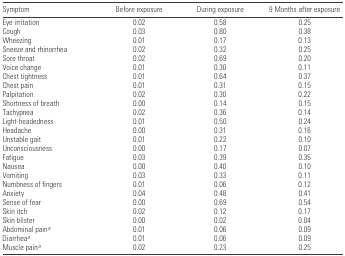
<table><thead><tr><td><b>Symptom</b></td><td><b>Before exposure</b></td><td><b>During exposure</b></td><td><b>9 Months after exposure</b></td></tr></thead><tbody><tr><td>Eye irritation</td><td>0.02</td><td>0.58</td><td>0.25</td></tr><tr><td>Cough</td><td>0.03</td><td>0.80</td><td>0.38</td></tr><tr><td>Wheezing</td><td>0.01</td><td>0.17</td><td>0.13</td></tr><tr><td>Sneeze and rhinorrhea</td><td>0.02</td><td>0.32</td><td>0.25</td></tr><tr><td>Sore throat</td><td>0.02</td><td>0.69</td><td>0.20</td></tr><tr><td>Voice change</td><td>0.01</td><td>0.30</td><td>0.11</td></tr><tr><td>Chest tightness</td><td>0.01</td><td>0.64</td><td>0.37</td></tr><tr><td>Chest pain</td><td>0.01</td><td>0.31</td><td>0.15</td></tr><tr><td>Palpitation</td><td>0.02</td><td>0.30</td><td>0.22</td></tr><tr><td>Shortness of breath</td><td>0.00</td><td>0.14</td><td>0.15</td></tr><tr><td>Tachypnea</td><td>0.02</td><td>0.36</td><td>0.14</td></tr><tr><td>Light-headedness</td><td>0.01</td><td>0.50</td><td>0.24</td></tr><tr><td>Headache</td><td>0.00</td><td>0.31</td><td>0.16</td></tr><tr><td>Unstable gait</td><td>0.01</td><td>0.22</td><td>0.10</td></tr><tr><td>Unconsciousness</td><td>0.00</td><td>0.17</td><td>0.07</td></tr><tr><td>Fatigue</td><td>0.03</td><td>0.39</td><td>0.35</td></tr><tr><td>Nausea</td><td>0.00</td><td>0.40</td><td>0.10</td></tr><tr><td>Vomiting</td><td>0.03</td><td>0.33</td><td>0.11</td></tr><tr><td>Numbness of fingers</td><td>0.01</td><td>0.06</td><td>0.12</td></tr><tr><td>Anxiety</td><td>0.04</td><td>0.48</td><td>0.41</td></tr><tr><td>Sense of fear</td><td>0.00</td><td>0.69</td><td>0.54</td></tr><tr><td>Skin itch</td><td>0.02</td><td>0.12</td><td>0.17</td></tr><tr><td>Skin blister</td><td>0.00</td><td>0.02</td><td>0.04</td></tr><tr><td>Abdominal paina</td><td>0.01</td><td>0.06</td><td>0.09</td></tr><tr><td>Diarrheaa</td><td>0.01</td><td>0.06</td><td>0.09</td></tr><tr><td>Muscle paina</td><td>0.02</td><td>0.23</td><td>0.25</td></tr></tbody></table>